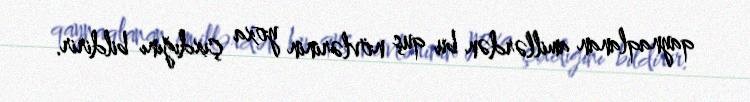
qaynaqlanan amillərdən bu quş növlərinin yoxa çıxdığını bildirir.